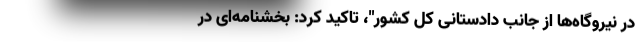
در نیروگاه‌ها از جانب دادستانی کل کشور"، تاکید کرد: بخشنامه‌ای در